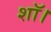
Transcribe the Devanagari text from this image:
शॉ।